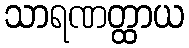
သာရဏတ္ထာယ